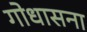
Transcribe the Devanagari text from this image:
गोधासना